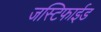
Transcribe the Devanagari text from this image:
जस्टिफाईड